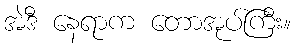
အဲဒီ နေရာက တောအုပ်ကြီး။